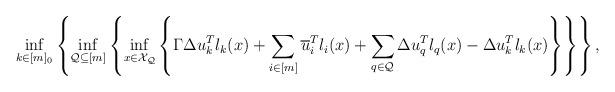
LaTeX: \begin{align*}\inf_{k \in [m]_0} & \left\{ \inf_{\mathcal{Q} \subseteq [m]} \left\{ \inf_{x \in \mathcal{X_\mathcal{Q}}} \left\{ \Gamma \Delta u_k^T l_k(x) + \sum_{i \in [m]} \overline{u}_i^Tl_i(x) + \sum_{q \in \mathcal{Q}} \Delta u_q^T l_q(x) - \Delta u_k^T l_k(x) \right\} \right\} \right\},\end{align*}